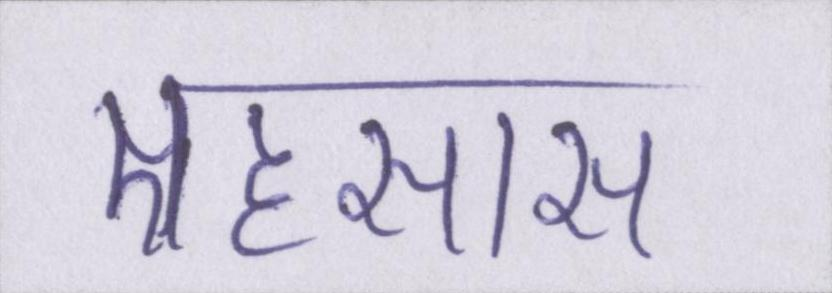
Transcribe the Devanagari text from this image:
एहसास